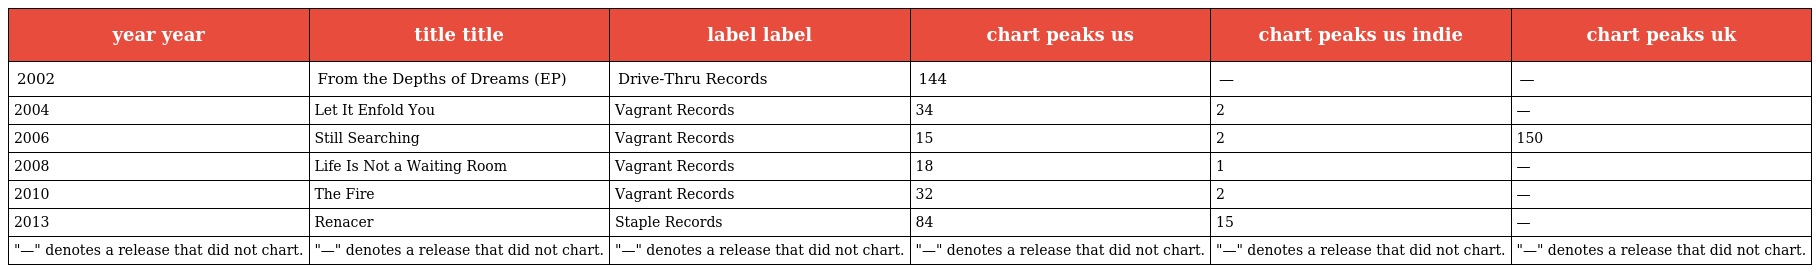
| year year | title title | label label | chart peaks us | chart peaks us indie | chart peaks uk |
 | --- | --- | --- | --- | --- | --- |
 | 2002 | From the Depths of Dreams (EP) | Drive-Thru Records | 144 | — | — |
 | 2004 | Let It Enfold You | Vagrant Records | 34 | 2 | — |
 | 2006 | Still Searching | Vagrant Records | 15 | 2 | 150 |
 | 2008 | Life Is Not a Waiting Room | Vagrant Records | 18 | 1 | — |
 | 2010 | The Fire | Vagrant Records | 32 | 2 | — |
 | 2013 | Renacer | Staple Records | 84 | 15 | — |
 | "—" denotes a release that did not chart. | "—" denotes a release that did not chart. | "—" denotes a release that did not chart. | "—" denotes a release that did not chart. | "—" denotes a release that did not chart. | "—" denotes a release that did not chart. |